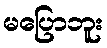
မပြောဘူး